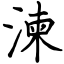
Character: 湅